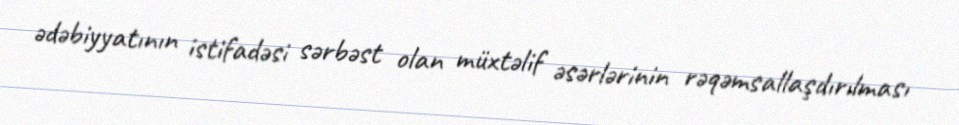
ədəbiyyatının istifadəsi sərbəst olan müxtəlif əsərlərinin rəqəmsallaşdırılması